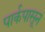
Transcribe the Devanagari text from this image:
पार्कपासून